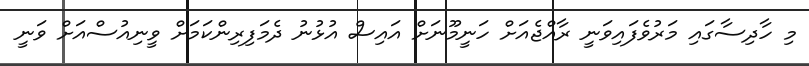
މި ހާދިސާގައި މަރުވެފައިވަނީ ރާއްޖެއަށް ހަނީމޫނަށް އައިސް އުޅުނު ދެމަފިރިންކަމަށް ވީނިއުސްއަށް ވަނީ